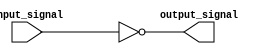
module cmos_not_gate (
	input wire input_signal,
	output reg output_signal
);

	// PMOS transistor
	assign pmos_output = (~input_signal);

	// NMOS transistor
	assign nmos_output = (~input_signal);

	// Combinational Logic Block
	assign output_signal = pmos_output & nmos_output;

endmodule